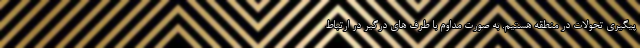
پیگیری تحولات در منطقه هستیم. به صورت مداوم با طرف های درگیر در ارتباط